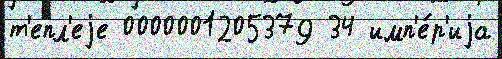
т'епл'еjе 0000001205379 34 имп'е́р'иjа